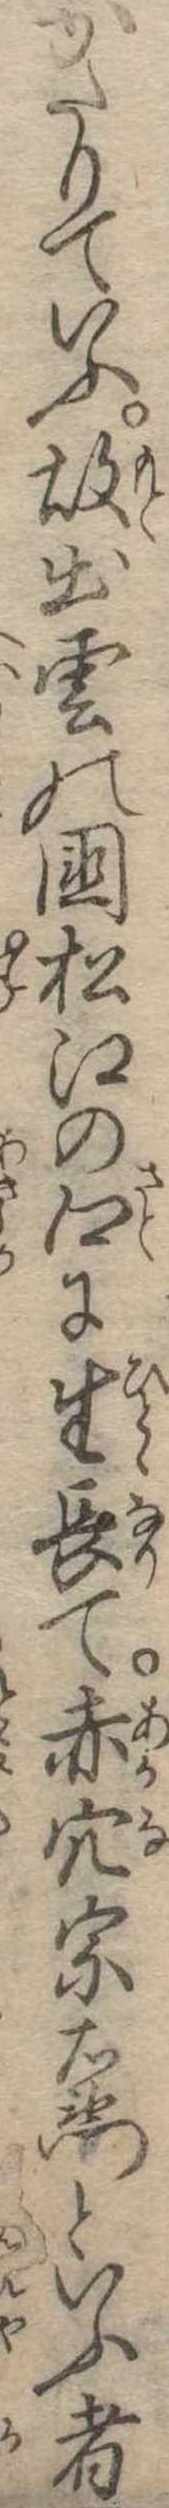
かたりていふ故出雲の国松江の郷に生長て赤穴宗右衛門といふ者